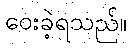
ဝေးခဲ့ရသည်။